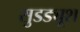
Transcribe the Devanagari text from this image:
सुडड्यूश